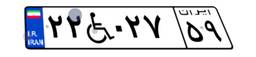
۲۲W۰۲۷۵۹